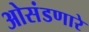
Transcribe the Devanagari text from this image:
ओसंडणारे